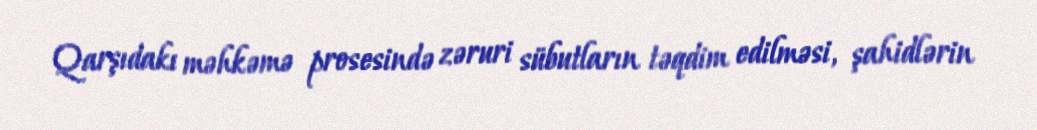
Qarşıdakı məhkəmə prosesində zəruri sübutların təqdim edilməsi, şahidlərin